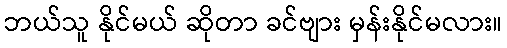
ဘယ်သူ နိုင်မယ် ဆိုတာ ခင်ဗျား မှန်းနိုင်မလား။